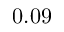
0 . 0 9